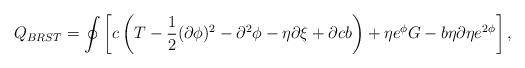
LaTeX: \begin{align*}Q_{BRST} = \oint \left[c\left(T-\frac{1}{2}(\partial \phi)^2-\partial^2 \phi -\eta \partial \xi + \partial c b\right) +\eta e^{\phi} G -b\eta\partial \eta e^{2\phi}\right],\end{align*}